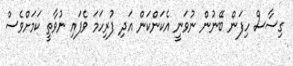
ގިސާސް ހިފަން ބޭނުން ނުވަނީ އެކަންކަން އަދި ފުރިހަމަ ވެފައި ނުވާތީ ކަމަށްވެސް